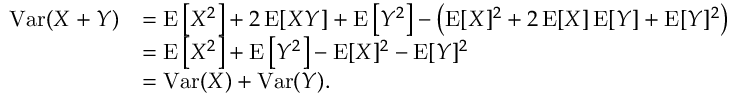
{ \begin{array} { r l } { \operatorname { V a r } ( X + Y ) } & { = \operatorname { E } \left[ X ^ { 2 } \right] + 2 \operatorname { E } [ X Y ] + \operatorname { E } \left[ Y ^ { 2 } \right] - \left( \operatorname { E } [ X ] ^ { 2 } + 2 \operatorname { E } [ X ] \operatorname { E } [ Y ] + \operatorname { E } [ Y ] ^ { 2 } \right) } \\ & { = \operatorname { E } \left[ X ^ { 2 } \right] + \operatorname { E } \left[ Y ^ { 2 } \right] - \operatorname { E } [ X ] ^ { 2 } - \operatorname { E } [ Y ] ^ { 2 } } \\ & { = \operatorname { V a r } ( X ) + \operatorname { V a r } ( Y ) . } \end{array} }